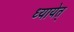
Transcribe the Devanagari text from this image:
ध्यायेत्